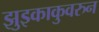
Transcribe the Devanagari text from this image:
झुइकाकुवरुन